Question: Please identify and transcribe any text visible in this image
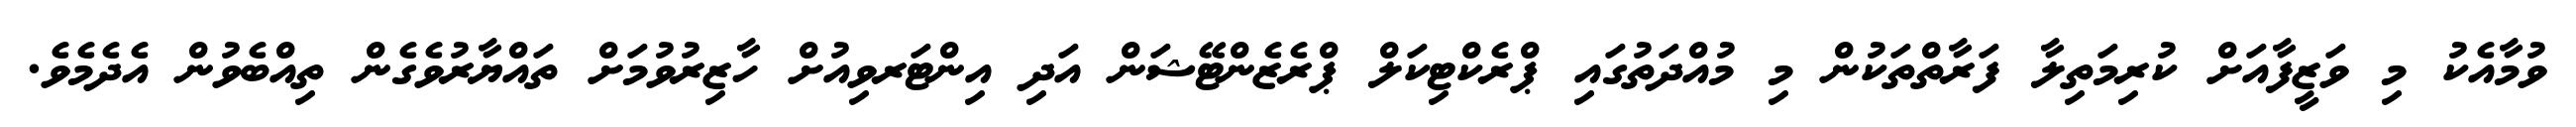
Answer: ވުމާއެކު މި ވަޒީފާއަށް ކުރިމަތިލާ ފަރާތްތަކުން މި މުއްދަތުގައި ޕްރެކްޓިކަލް ޕްރެޒެންޓޭޝަން އަދި އިންޓަރވިއުށް ހާޒިރުވުމަށް ތައްޔާރުވެގެން ތިއްބެވުން އެދެމެވެ.